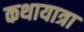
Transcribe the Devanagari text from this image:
कथायात्रा